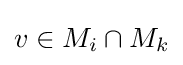
v\in M_{i}\cap M_{k}